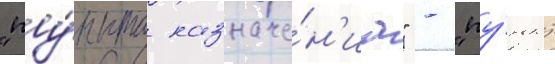
"пу́нкта назначе́н'иа" - "пу́нкт